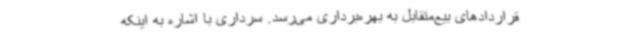
قراردادهای بیع‌متقابل به بهره‌برداری می‌رسد. سرداری با اشاره به اینکه